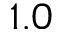
1 . 0